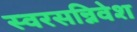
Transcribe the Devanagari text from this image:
स्वरसन्निवेश